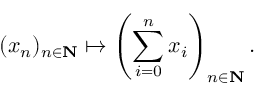
( x _ { n } ) _ { n \in \mathbf { N } } \mapsto \left( \sum _ { i = 0 } ^ { n } x _ { i } \right) _ { n \in \mathbf { N } } .